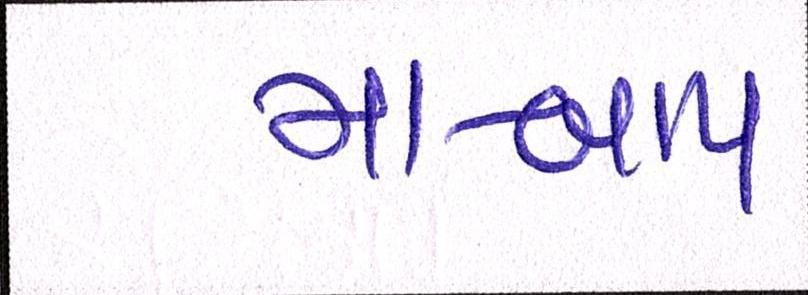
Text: મા-બાપ